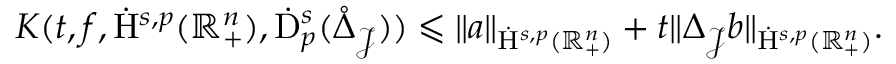
\begin{array} { r } { K ( t , f , \dot { \mathrm { H } } ^ { s , p } ( \mathbb { R } _ { + } ^ { n } ) , \dot { \mathrm { D } } _ { p } ^ { s } ( \mathring { \Delta } _ { \mathcal { J } } ) ) \leqslant \lVert a \rVert _ { \dot { \mathrm { H } } ^ { s , p } ( \mathbb { R } _ { + } ^ { n } ) } + t \lVert { \Delta } _ { \mathcal { J } } b \rVert _ { \dot { \mathrm { H } } ^ { s , p } ( \mathbb { R } _ { + } ^ { n } ) } \mathrm { . ~ } } \end{array}